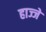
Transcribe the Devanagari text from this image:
हाज्जे